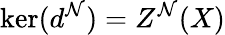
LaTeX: \ker(d^{\mathcal{N}})=Z^{\mathcal{N}}(X)